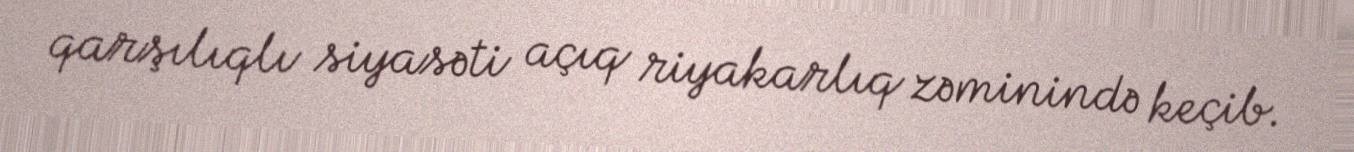
qarşılıqlı siyasəti açıq riyakarlıq zəminində keçib.